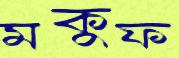
মকুফ